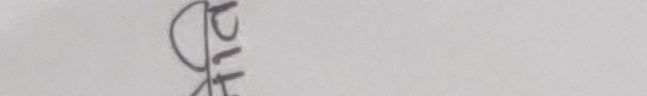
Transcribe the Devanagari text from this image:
छोरो